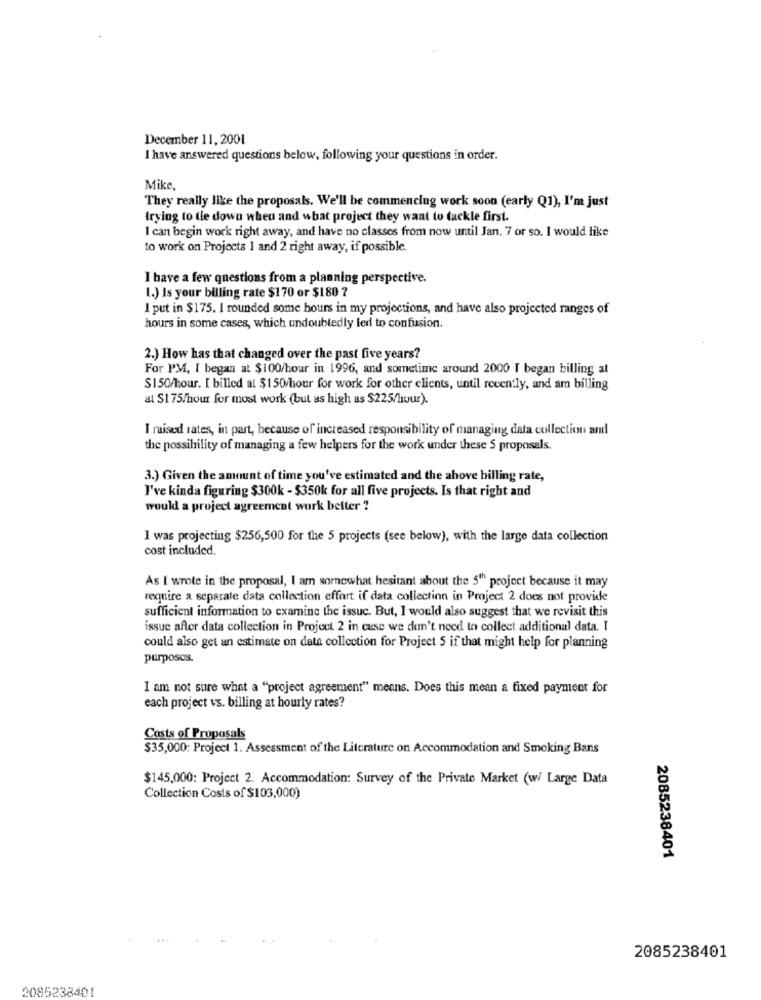
December 11, 2001
I have answered questions below, following your questions in order.
Mike,
They really like the proposals. We'll be commencing work soon (early Q1), I'm just
trying to tie down when and what project they want to tackle first.
I can begin work right away, and have no classes from now until Jan. 7 or so. I would like
to work on Projects 1 and 2 right away, if possible.
I have a few questions from a planning perspective.
1.) Is your billing rate $170 or $180 ?
I put in $175. I rounded some hours in my projections, and have also projected ranges of
hours in some cases, which undoubtedly led to confusion.
2.) How has that changed over the past five years?
For PM, I began at $100/hour in 1996, and sometime around 2000 I began billing at
$150/hour. I billed at $150/hour for work for other clients, until recently, and am billing
al S175/hour for most work (but as high as $225/hour).
I raised rates, in part, because of increased responsibility of managing data collection and
the possibility of managing a few helpers for the work under these S proposals.
3.) Given the amount of time you've estimated and the ahove billing rate,
I've kinda figuring $300k - $350k for all five projects. Is that right and
would a project agreement wurk befter ?
I was projecting $256,500 for the 5 projects (see below), with the large data collection
cost included.
As I wrote in the proposal, I am somewhat hesitant about the 5"" project because it may
require a separate data collection effort if data collection in Project 2 does not provide
sufficient information to examine the issuc. But, I would also suggest that we revisit this
issue after data collection in Project 2 in case we don't need to collect additional data. I
could also get an estimate on data collection for Project 5 if that might help for planning
purposes.
I am not sure what a "project agreement" means. Does this mean a fixed payment for
each project vs. billing at hourly rates?
Costs of Proposals
$35,000: Project 1. Assessment of the Literature on Accommodation and Smoking Bans
$145,000: Project 2. Accommodation: Survey of the Private Market (w/ Large Data
Collection Costs of $103,000)
2085238401
2085238401
2085238401